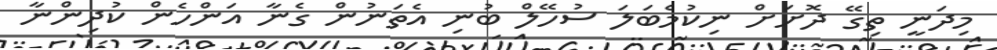
މިދަނީ ތިގޭ ދޮށަށް ނިކުމެބަލަ ސުހޭލް ބުނި އެތަނުން ގެނާ އަންހެން ކުދިންނާ